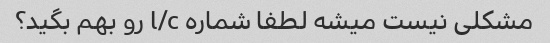
مشکلی نیست میشه لطفا شماره l/c رو بهم بگید؟